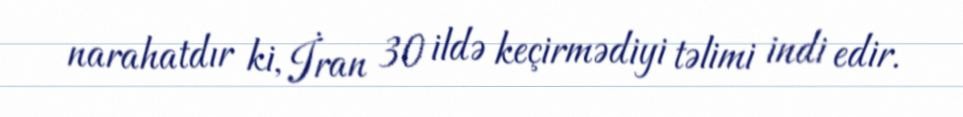
narahatdır ki, İran 30 ildə keçirmədiyi təlimi indi edir.